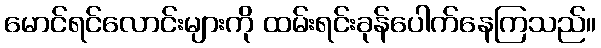
မောင်ရင်လောင်းများကို ထမ်းရင်းခုန်ပေါက်နေကြသည်။